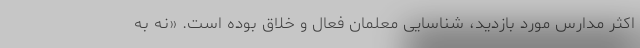
اکثر مدارس مورد بازدید، شناسایی معلمان فعال و خلاق بوده است. «نه به